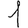
Digit: 1